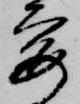
要